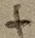
Text: +